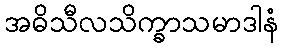
အဓိသီလသိက္ခာသမာဒါနံ